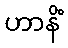
ဟာနိံ